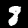
Label: 8